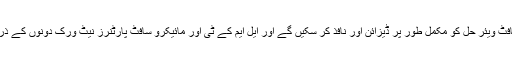
پروگرام کی گریجویشن کے بعد آپرینٹس جدید سافٹ ویئر حل کو مکمل طور پر ڈیزائن اور نافذ کر سکیں گے اور ایل ایم کے ٹی اور مائیکرو سافٹ پارٹنرز نیٹ ورک دونوں کے ذریعے روزگار تک رسائی حاصل کر سکیں گے۔